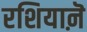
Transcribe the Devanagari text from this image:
रशियाऩॆ